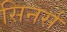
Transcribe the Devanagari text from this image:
सिनर्स